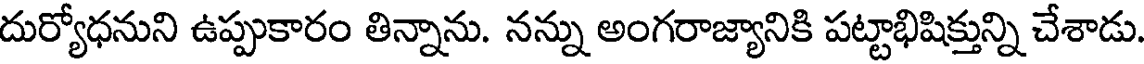
దుర్యోధనుని ఉప్పుకారం తిన్నాను. నన్ను అంగరాజ్యానికి పట్టాభిషిక్తున్ని చేశాడు.